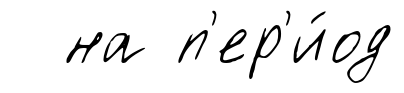
на п'ер'и́од